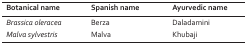
<table><thead><tr><td><b>Botanical name</b></td><td><b>Spanish name</b></td><td><b>Ayurvedic name</b></td></tr></thead><tbody><tr><td><i>Brassica oleracea</i></td><td>Berza</td><td>Daladamini</td></tr><tr><td><i>Malva sylvestris</i></td><td>Malva</td><td>Khubaji</td></tr></tbody></table>